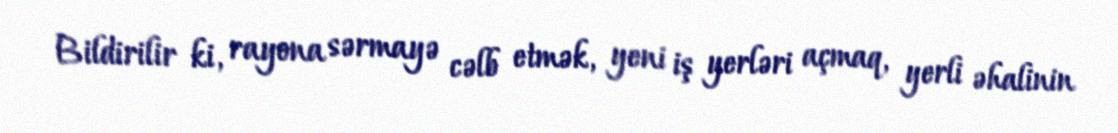
Bildirilir ki, rayona sərmayə cəlb etmək, yeni iş yerləri açmaq, yerli əhalinin